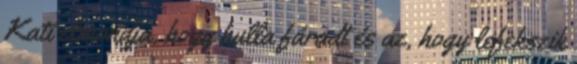
Kati elmondja, hogy hulla fáradt és az, hogy lefekszik